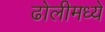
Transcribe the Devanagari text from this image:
ढोलीमध्ये